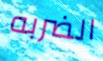
الضربه